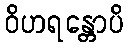
ဝိဟရန္တောပိ